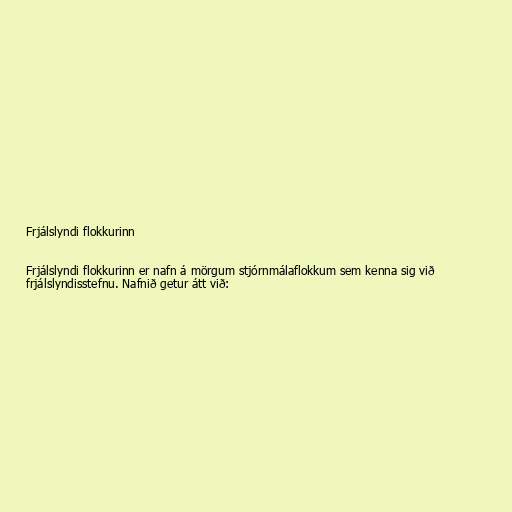
Frjálslyndi flokkurinn

Frjálslyndi flokkurinn er nafn á mörgum stjórnmálaflokkum sem kenna sig við
frjálslyndisstefnu. Nafnið getur átt við: